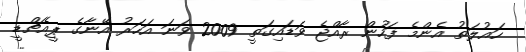
ހައުލަތު އެންމެ ފަހުން ރާއްޖެ ވަޑައިގަތީ 2009 ވަނަ އަހަރު އޭނާގެ ޕީއެޗްޑީ